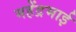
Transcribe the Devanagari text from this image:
महेंद्रभाई